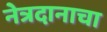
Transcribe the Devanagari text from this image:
नेत्रदानाचा